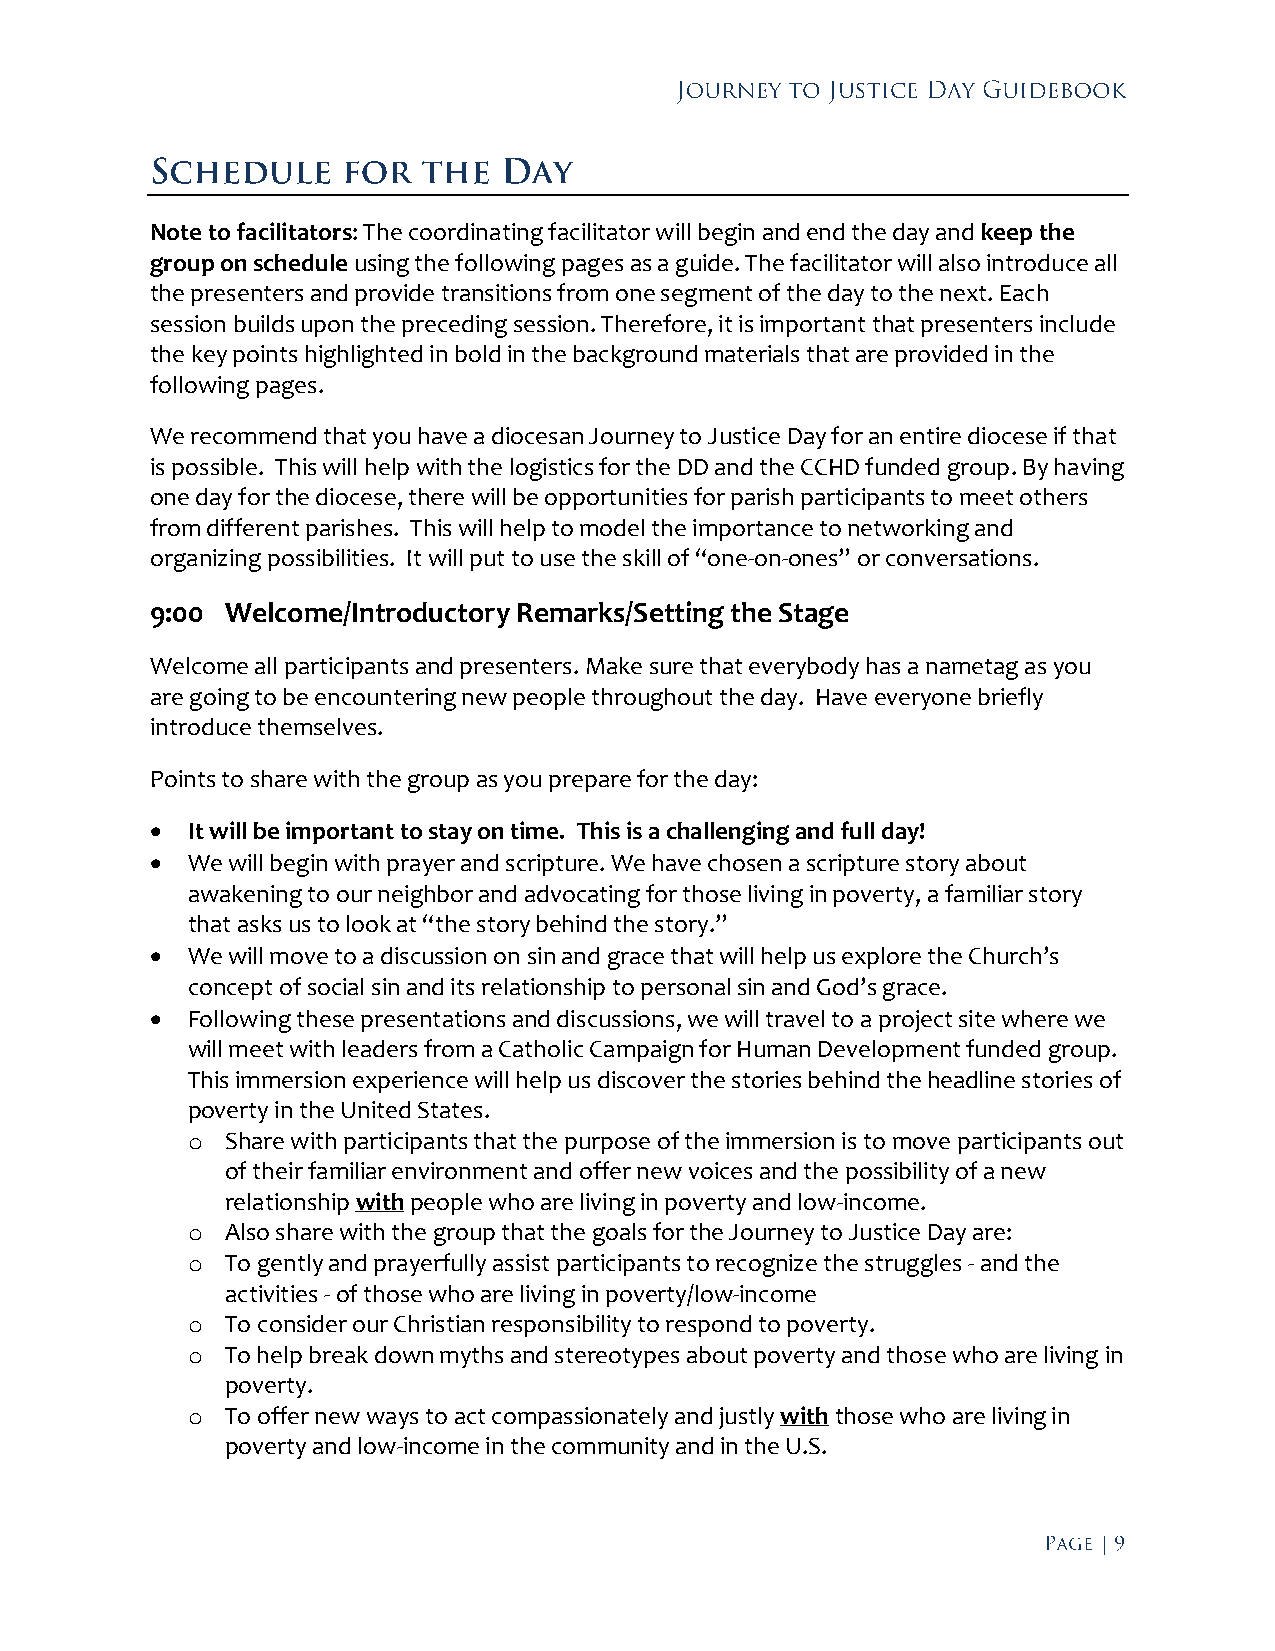
Note to facilitators: The coordinating facilitator will begin and end the day and keep the
 group on schedule using the following pages as a guide. The facilitator will also introduce all
 the presenters and provide transitions from one segment of the day to the next. Each
 session builds upon the preceding session. Therefore, it is important that presenters include
 the key points highlighted in bold in the background materials that are provided in the
 following pages.
 We recommend that you have a diocesan Journey to Justice Day for an entire diocese if that
 is possible. This will help with the logistics for the DD and the CCHD funded group. By having
 one day for the diocese, there will be opportunities for parish participants to meet others
 from different parishes. This will help to model the importance to networking and
 organizing possibilities. It will put to use the skill of “one-on-ones” or conversations.
 9:00 Welcome/Introductory Remarks/Setting the Stage
 Welcome all participants and presenters. Make sure that everybody has a nametag as you
 are going to be encountering new people throughout the day. Have everyone briefly
 introduce themselves.
 Points to share with the group as you prepare for the day:
  It will be important to stay on time. This is a challenging and full day!
  We will begin with prayer and scripture. We have chosen a scripture story about
 awakening to our neighbor and advocating for those living in poverty, a familiar story
 that asks us to look at “the story behind the story.”
  We will move to a discussion on sin and grace that will help us explore the Church’s
 concept of social sin and its relationship to personal sin and God’s grace.
  Following these presentations and discussions, we will travel to a project site where we
 will meet with leaders from a Catholic Campaign for Human Development funded group.
 This immersion experience will help us discover the stories behind the headline stories of
 poverty in the United States.
 o  Share with participants that the purpose of the immersion is to move participants out
 of their familiar environment and offer new voices and the possibility of a new
 relationship with people who are living in poverty and low-income.
 o  Also share with the group that the goals for the Journey to Justice Day are:
 o  To gently and prayerfully assist participants to recognize the struggles - and the
 activities - of those who are living in poverty/low-income
 o  To consider our Christian responsibility to respond to poverty.
 o  To help break down myths and stereotypes about poverty and those who are living in
 poverty.
 o  To offer new ways to act compassionately and justly with those who are living in
 poverty and low-income in the community and in the U.S.